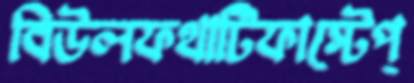
বিউলফথার্টিফাস্টেপ্